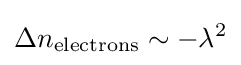
\Delta n_{\mathrm {electrons} }\sim -\lambda ^{2}